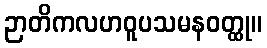
ဉာတိကလဟဝူပသမနဝတ္ထု။